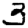
Digit: 3